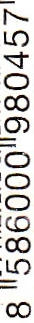
8 586000 980457